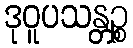
ဒုဝူပသန္တဉ္စ